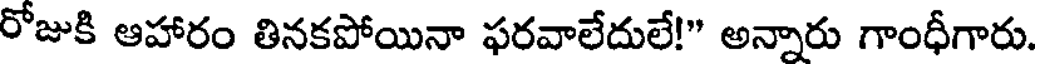
రోజుకి ఆహారం తినకపోయినా ఫరవాలేదులే!" అన్నారు గాంధీగారు.